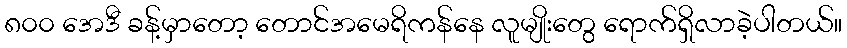
၈၀၀ အေဒီ ခန့်မှာတော့ တောင်အမေရိကန်နေ လူမျိုးတွေ ရောက်ရှိလာခဲ့ပါတယ်။